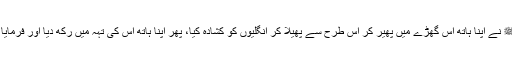
رسول اللہﷺ نے اپنا ہاتھ اس گھڑے میں پھیر کر اس طرح سے پھیلا کر انگلیوں کو کشادہ کیا، پھر اپنا ہاتھ اس کی تہہ میں رکھ دیا اور فرمایا اے جابر!